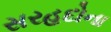
સરહદોના